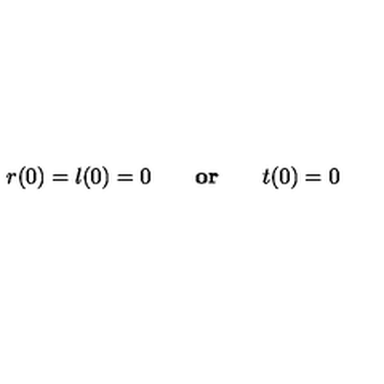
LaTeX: r ( 0 ) = l ( 0 ) = 0 \qquad { \bf o r } \qquad t ( 0 ) = 0